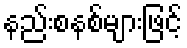
နည်းစနစ်များဖြင့်